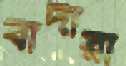
বাদীরা